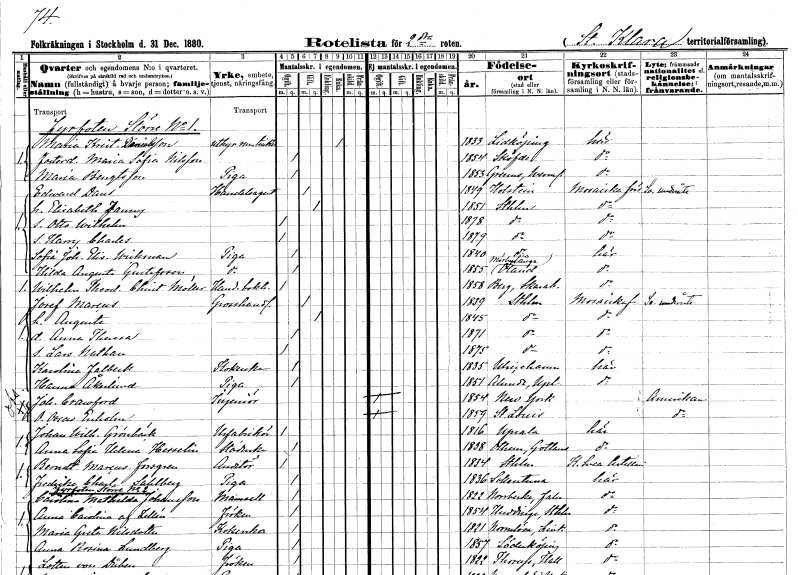
gt_parse: households: individuals: FN: Maria Kristina
EN: Danielsson
YRKE: Rumsuthyrare till resande
KON: K
CIV: E
FODAR: 1833
FODFORS: Lidköping Skaraborgs län
FN: Maria Sofia
EN: Nilsson
KON: K
CIV: O
FODAR: 1854
FODFORS: Skövde Skaraborgs län
FN: Maria
EN: Bengtsson
YRKE: Piga
KON: K
CIV: O
FODAR: 1853
FODFORS: Grums Värmlands län
FN: Edward
EN: Daus
YRKE: Handelsagent
KON: M
CIV: G
FODAR: 1849
FN: Elisabeth Fanny
KON: K
CIV: G
FODAR: 1851
FODFORS: Stockholm
FN: Otto Wilhelm
KON: M
CIV: O
FODAR: 1878
FODFORS: Stockholm
FN: Harry Charles
KON: M
CIV: O
FODAR: 1879
FODFORS: Stockholm
FN: Sofia Johanna Elisabet
EN: Wickman
YRKE: Piga
KON: K
CIV: O
FODAR: 1840
FODFORS: Stockholm
FN: Hilda Augusta
EN: Gustafsson
YRKE: Piga
KON: K
CIV: O
FODAR: 1855
FODFORS: Mörbylånga Kalmar län
FN: Wilhelm Theodor Christian
EN: Möller
YRKE: Handelsbokhållare
KON: M
CIV: O
FODAR: 1858
FODFORS: Berg Skaraborgs län
FN: Josef
EN: Marcus
YRKE: Grosshandlare
KON: M
CIV: G
FODAR: 1839
FODFORS: Stockholm
FN: Augusta
KON: K
CIV: G
FODAR: 1845
FODFORS: Stockholm
FN: Anna Theresa
KON: K
CIV: O
FODAR: 1871
FODFORS: Stockholm
FN: Lars Nathan
KON: M
CIV: O
FODAR: 1875
FODFORS: Stockholm
FN: Karolina
EN: Falbeck
YRKE: Kokerska
KON: K
CIV: O
FODAR: 1835
FODFORS: Ulricehamn Älvsborgs län
FN: Hanna
EN: Åkerlund
YRKE: Piga
KON: K
CIV: O
FODAR: 1851
FODFORS: Alunda Uppsala län
FN: Johan
EN: Crawford
YRKE: Ingenjör
KON: M
CIV: O
FODAR: 1854
FN: O. Oscar
EN: Enholm
KON: M
CIV: O
FODAR: 1859
FN: Johan Wilhelm
EN: Grönbäck
YRKE: Urfabrikör
KON: M
CIV: O
FODAR: 1816
FODFORS: Uppsala Uppsala län
FN: Anna Sofia Helena
EN: Hesselin
YRKE: Städerska
KON: K
CIV: O
FODAR: 1838
FODFORS: Othem Gotlands län
FN: Berndt Marcus
EN: Forsgren
YRKE: Auditör
KON: M
CIV: O
FODAR: 1834
FODFORS: Stockholm
FN: Fredrika Charlotta
EN: Sahlberg
YRKE: Piga
KON: K
CIV: O
FODAR: 1836
FODFORS: Sollentuna Stockholms län